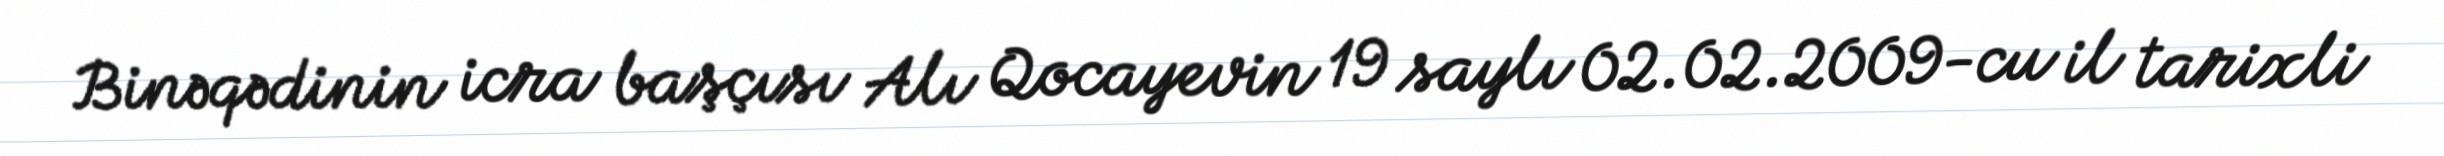
Binəqədinin icra başçısı Alı Qocayevin 19 saylı 02.02.2009-cu il tarixli